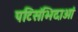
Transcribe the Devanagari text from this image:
पटिसंभिदाओं